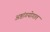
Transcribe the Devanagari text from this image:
अष्टांगयोगात